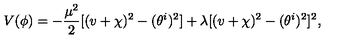
V ( \phi ) = - \frac { \mu ^ { 2 } } { 2 } [ ( v + \chi ) ^ { 2 } - ( \theta ^ { i } ) ^ { 2 } ] + \lambda [ ( v + \chi ) ^ { 2 } - ( \theta ^ { i } ) ^ { 2 } ] ^ { 2 } ,